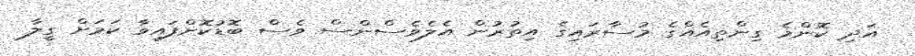
އަދި ކޮންމެ ގިންތިއެއްގެ މުސާރައިގެ އިތުރުން އެލެވެސްންސް ވެސް ބޮޑުކޮށްފައިވާ ކަމަށް ގީލާ